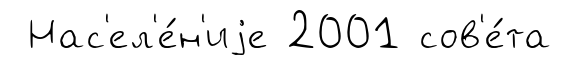
Нас'ел'е́н'иjе 2001 сов'е́та